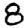
Digit: 8